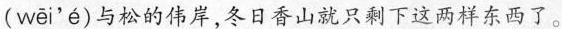
( wēi'é )与松的伟岸，冬日香山就只剩下这两样东西了。